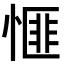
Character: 㥱